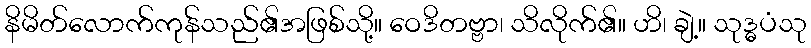
နိမိတ်လောက်ကုန်သည်၏အဖြစ်သို့။ ဝေဒိတဗ္ဗာ၊ သိလိုက်၏။ ဟိ၊ ချဲ့။ သုဒ္ဓပံသု